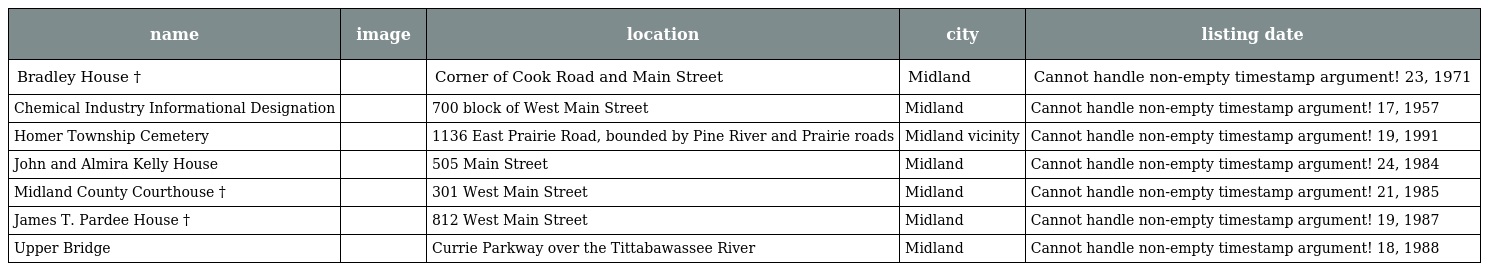
| name | image | location | city | listing date |
 | --- | --- | --- | --- | --- |
 | Bradley House † |  | Corner of Cook Road and Main Street | Midland | Cannot handle non-empty timestamp argument! 23, 1971 |
 | Chemical Industry Informational Designation |  | 700 block of West Main Street | Midland | Cannot handle non-empty timestamp argument! 17, 1957 |
 | Homer Township Cemetery |  | 1136 East Prairie Road, bounded by Pine River and Prairie roads | Midland vicinity | Cannot handle non-empty timestamp argument! 19, 1991 |
 | John and Almira Kelly House |  | 505 Main Street | Midland | Cannot handle non-empty timestamp argument! 24, 1984 |
 | Midland County Courthouse † |  | 301 West Main Street | Midland | Cannot handle non-empty timestamp argument! 21, 1985 |
 | James T. Pardee House † |  | 812 West Main Street | Midland | Cannot handle non-empty timestamp argument! 19, 1987 |
 | Upper Bridge |  | Currie Parkway over the Tittabawassee River | Midland | Cannot handle non-empty timestamp argument! 18, 1988 |